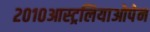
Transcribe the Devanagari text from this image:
२०१०आस्ट्रलियाओपेन